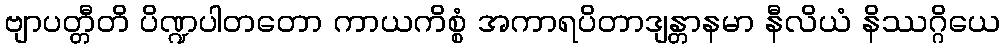
ဗျာပတ္တီတိ ပိဏ္ဍပါတတော ကာယကိစ္စံ အကာရပိတာဒျန္တာနမာ နီလိယံ နိဿဂ္ဂိယေ